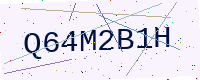
Text: Q64M2B1H